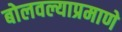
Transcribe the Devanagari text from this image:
बोलवल्याप्रमाणे